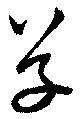
草